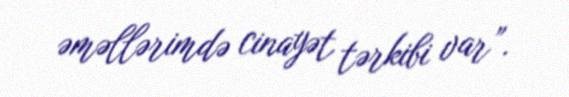
əməllərimdə cinayət tərkibi var”.